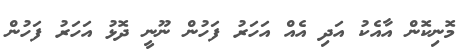
މޮނިކޮން އާއެކު އަދި އެއް އަހަރު ފަހުން ނޫނީ ދޮޅު އަހަރު ފަހުން